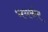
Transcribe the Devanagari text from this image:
भयकंर